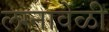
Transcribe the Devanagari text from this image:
लग्नावेळी